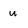
Character: u